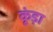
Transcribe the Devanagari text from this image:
कूंड़ा